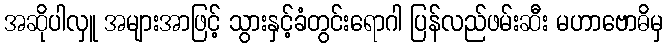
အဆိုပါလှူ အများအာဖြင့် သွားနှင့်ခံတွင်းရောဂါ ပြန်လည်ဖမ်းဆီး မဟာဗောဓိမှ